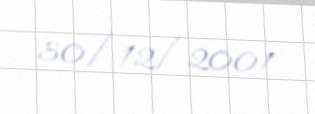
30/12/2001